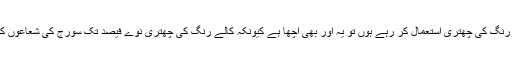
لیکن اگر آپ کالے رنگ کی چھتری استعمال کر رہے ہوں تو یہ اور بھی اچھا ہے کیونکہ کالے رنگ کی چھتری نوے فیصد تک سورج کی شعاعوں کو روک سکتی ہے۔